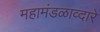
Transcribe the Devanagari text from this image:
महामंडळाव्दारे